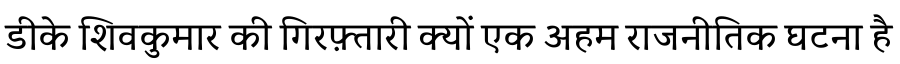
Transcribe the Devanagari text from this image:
डीके शिवकुमार की गिरफ़्तारी क्यों एक अहम राजनीतिक घटना है